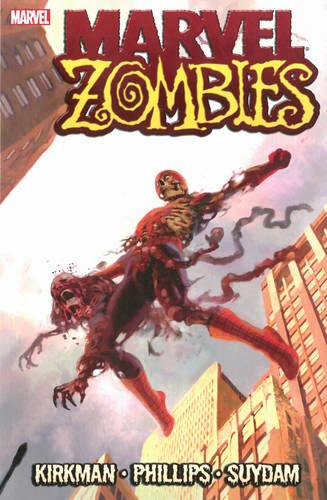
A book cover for Marvel Zombies; Robert Kirkman; Comics & Graphic Novels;